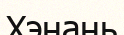
Хэнань